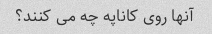
آنها روی کاناپه چه می کنند؟